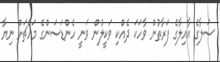
ސަލާގެ އާއިލާގެ ފަރާތުން ވާހަކަ ދެއްކި ވަކީލުން ވަނީ ހެންޑަސަންގެ މައްޗަށް ނިޔާ